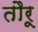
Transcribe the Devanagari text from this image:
तौरू